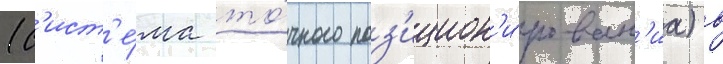
(с'ист'е́ма то́чного поз'ицион'и́рован'иа) в